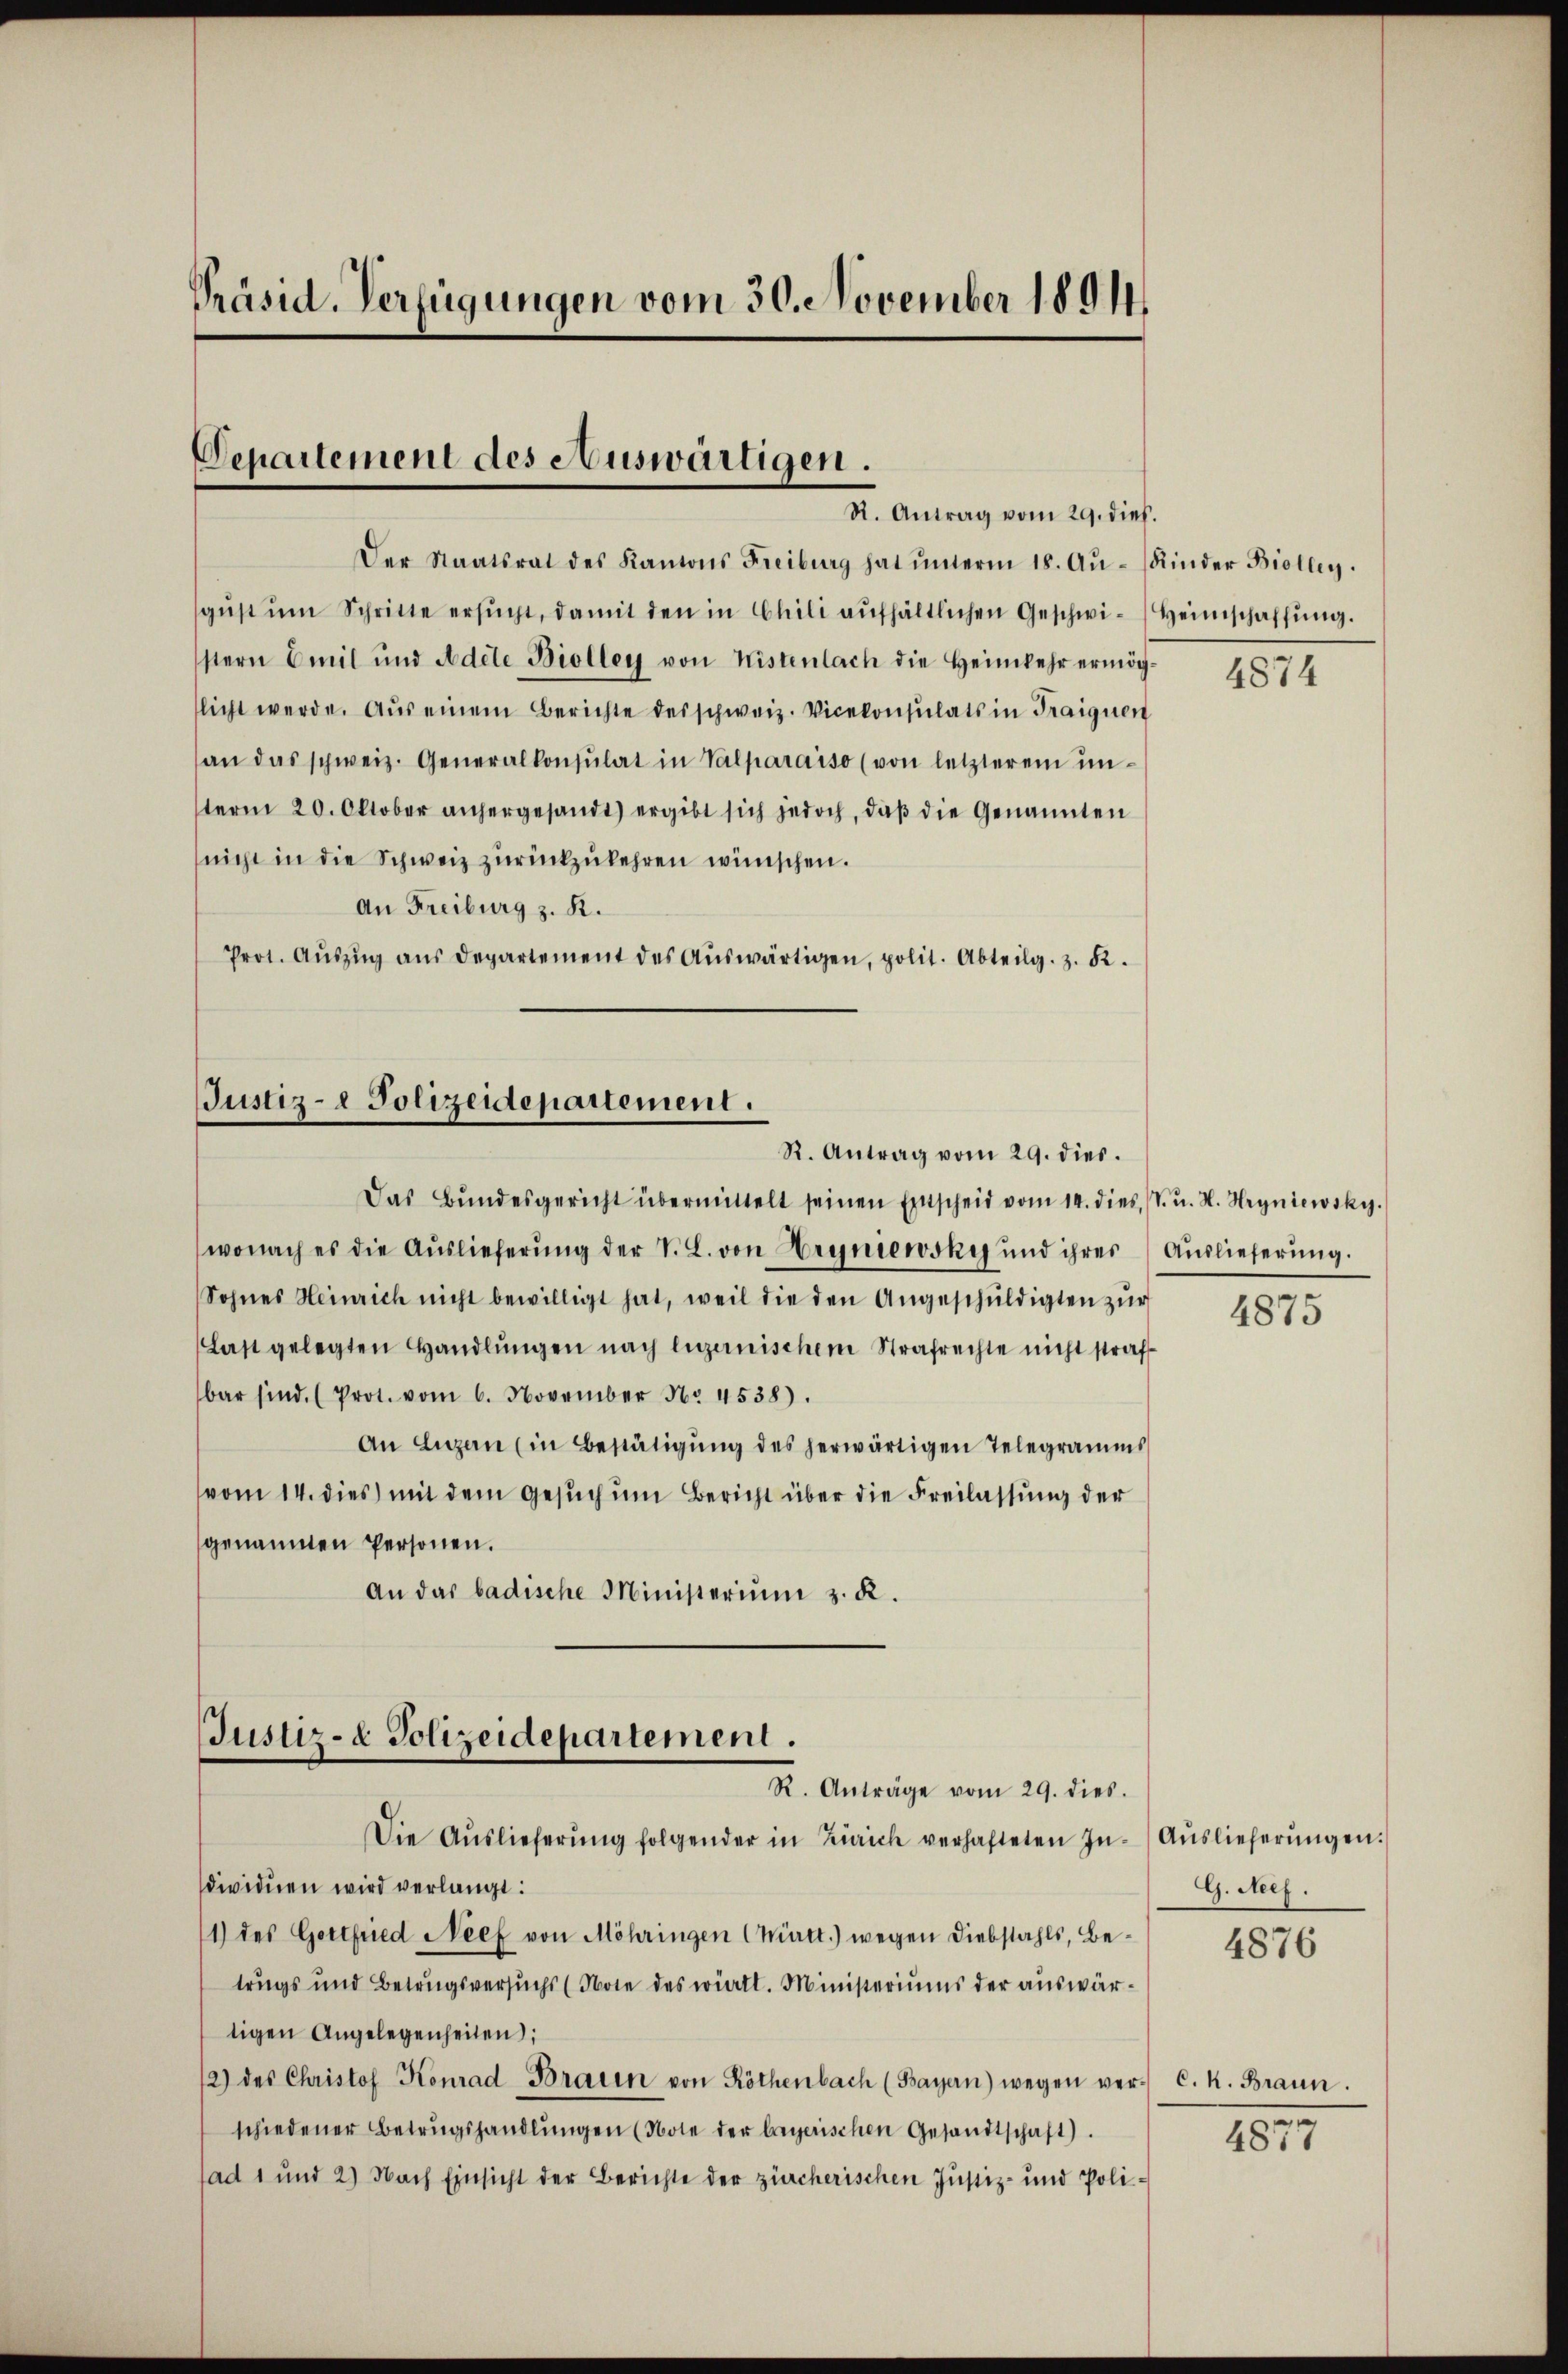
Präsid. Verfügungen vom 30. November 1894

Departement des Auswärtigen.
R. Antrag vom 29. dieß.

Justiz- & Polizeidepartement.
R. Antrag vom 29. dies.

Das Bŭndesgericht übermittelt seinen Entscheid vom 14. dies. (T. u. H. Hryniewsky.
wonach es die Auslieferung der V. C. von Hryniewsky und ihres
Sohnes Heinrich nicht bewilligt hat, weil die den Angeschŭldigten zur
Last gelegten Handlŭngen nach Luzernischem Strafrechte nicht strafbar sind. (Prot. vom 6. November No. 4538).
An Luzen (in Bestätigung des herwärtigen Telegramms
vom 14. dies mit dem Gesŭch ŭm Bericht über die Freilassung der
genannten Personen.
An das badische Ministerium z. R.

Justiz- & Polizeidepartement.
R. Anträge vom 29. dies.
Die Aŭslieferŭng folgender in Zürich verhafteten In-Aŭslieferŭngen.

Der Staatsrat des Kantons Freiburg hat ŭnterm 18. Aŭ- (Kinder Biolleg.
gŭst ŭm Schritte ersŭcht, damit den in Chili aŭfhältlichen Geschwi-Heimschaffŭng.
stern Emil und Adete Biolleg von Kistenlach die Heimkehr ermög-
licht werde. Aus einem Berichte des schweiz. Vicekonsulats in Traignen
an das schweiz. Generalkonsulat in Valparaiso (von letzterem ŭn-
term 20. Oktober anhergesandt) ergibt sich jedoch, daß die Genannten
nicht in die Schweiz zurückzukehren wünschen.
An Freiburg z. R.
Prot. Aŭszŭg aŭs departement des Aŭswärtigen, polit. Abteilg. z. K.

dividuen wird verlangt:
1) des Gottfried Neef von Möhringen (Württ.) wegen Diebstahls, Betrugs und Betragsversuchs (Note des württ. Ministeriums der auswärtigen Angelegenheiten;
12) des Christof Konrad Brauen von Röthenbach (Bayern) wegen ver-C. k. Braun
schiedener Betrugshandlŭngen (Note der begerischen Gesandtschaft).
fad 1 und 2) Nach Einsicht der Berichte der zürcherischen Justiz- und Poli¬

4874

Auslieferung.

4875

G. Neef.

4876

a

48: